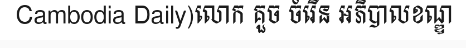
Cambodia Daily)លោក គួច ចំរើន អភិបាលខណ្ឌ